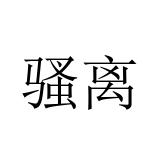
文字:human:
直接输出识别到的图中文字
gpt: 骚离